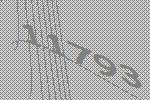
11793